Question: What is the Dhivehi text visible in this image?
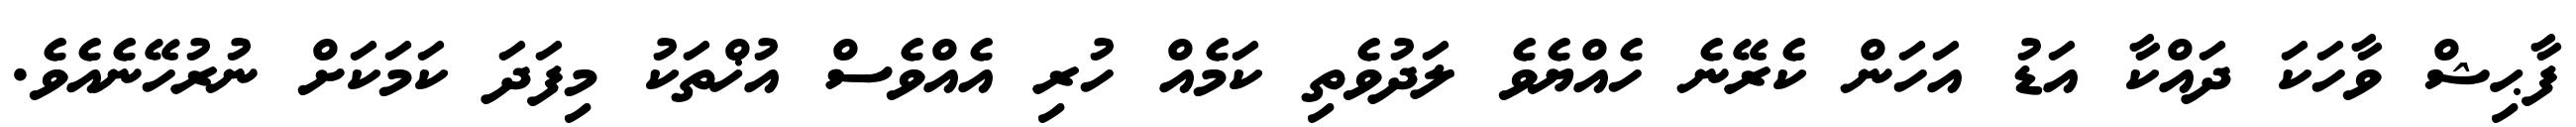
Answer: ފާޙިޝް ވާހަކަ ދައްކާ އަޑު އަހަން ކެރޭނެ ހެއްޔެވެ ލަދުވެތި ކަމެއް ހުރި އެއްވެސް އުޚްތަކު މިފަދަ ކަމަކަށް ނުރުހޭނެއެވެ.